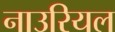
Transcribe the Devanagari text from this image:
नाउरियल